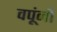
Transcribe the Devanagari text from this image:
वपूंनी